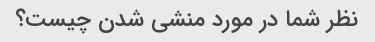
نظر شما در مورد منشی شدن چیست؟